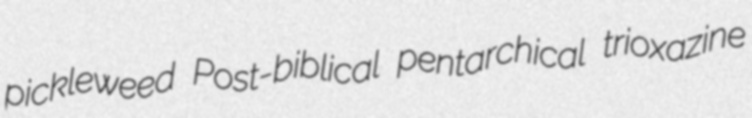
pickleweed Post-biblical pentarchical trioxazine